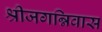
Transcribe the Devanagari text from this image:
श्रीजगन्निवास